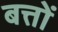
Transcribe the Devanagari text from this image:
बत्तों